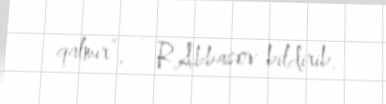
qalmır”, - R.Abbasov bildirib.